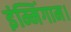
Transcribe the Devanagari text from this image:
इंम्मिंगाम।